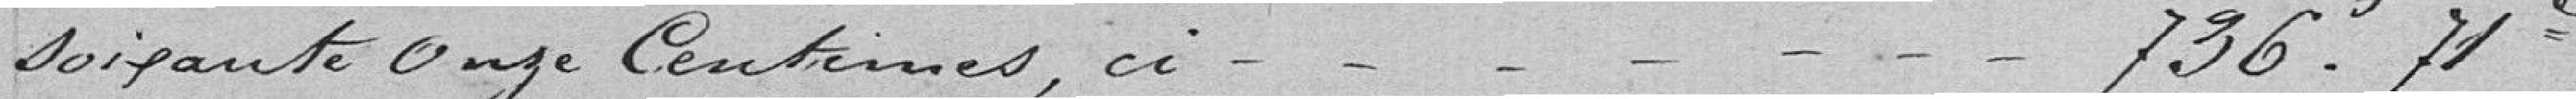
soixante et onze centimes, ci 736,71 francs